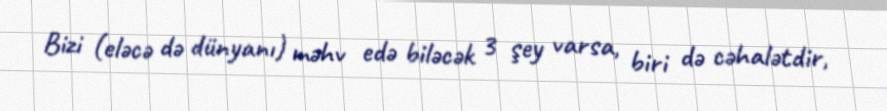
Bizi (eləcə də dünyanı) məhv edə biləcək 3 şey varsa, biri də cəhalətdir,